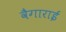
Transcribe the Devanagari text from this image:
वैगाराई